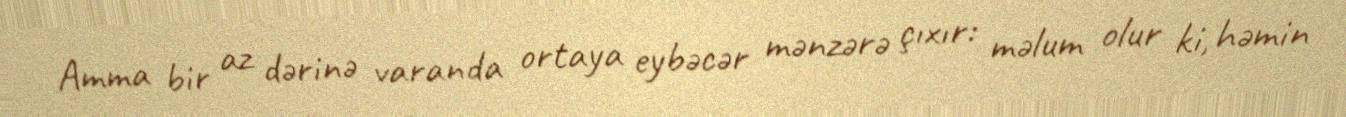
Amma bir az dərinə varanda ortaya eybəcər mənzərə çıxır: məlum olur ki, həmin